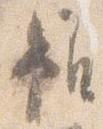
雖